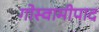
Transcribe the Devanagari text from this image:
गोस्वामीपाद